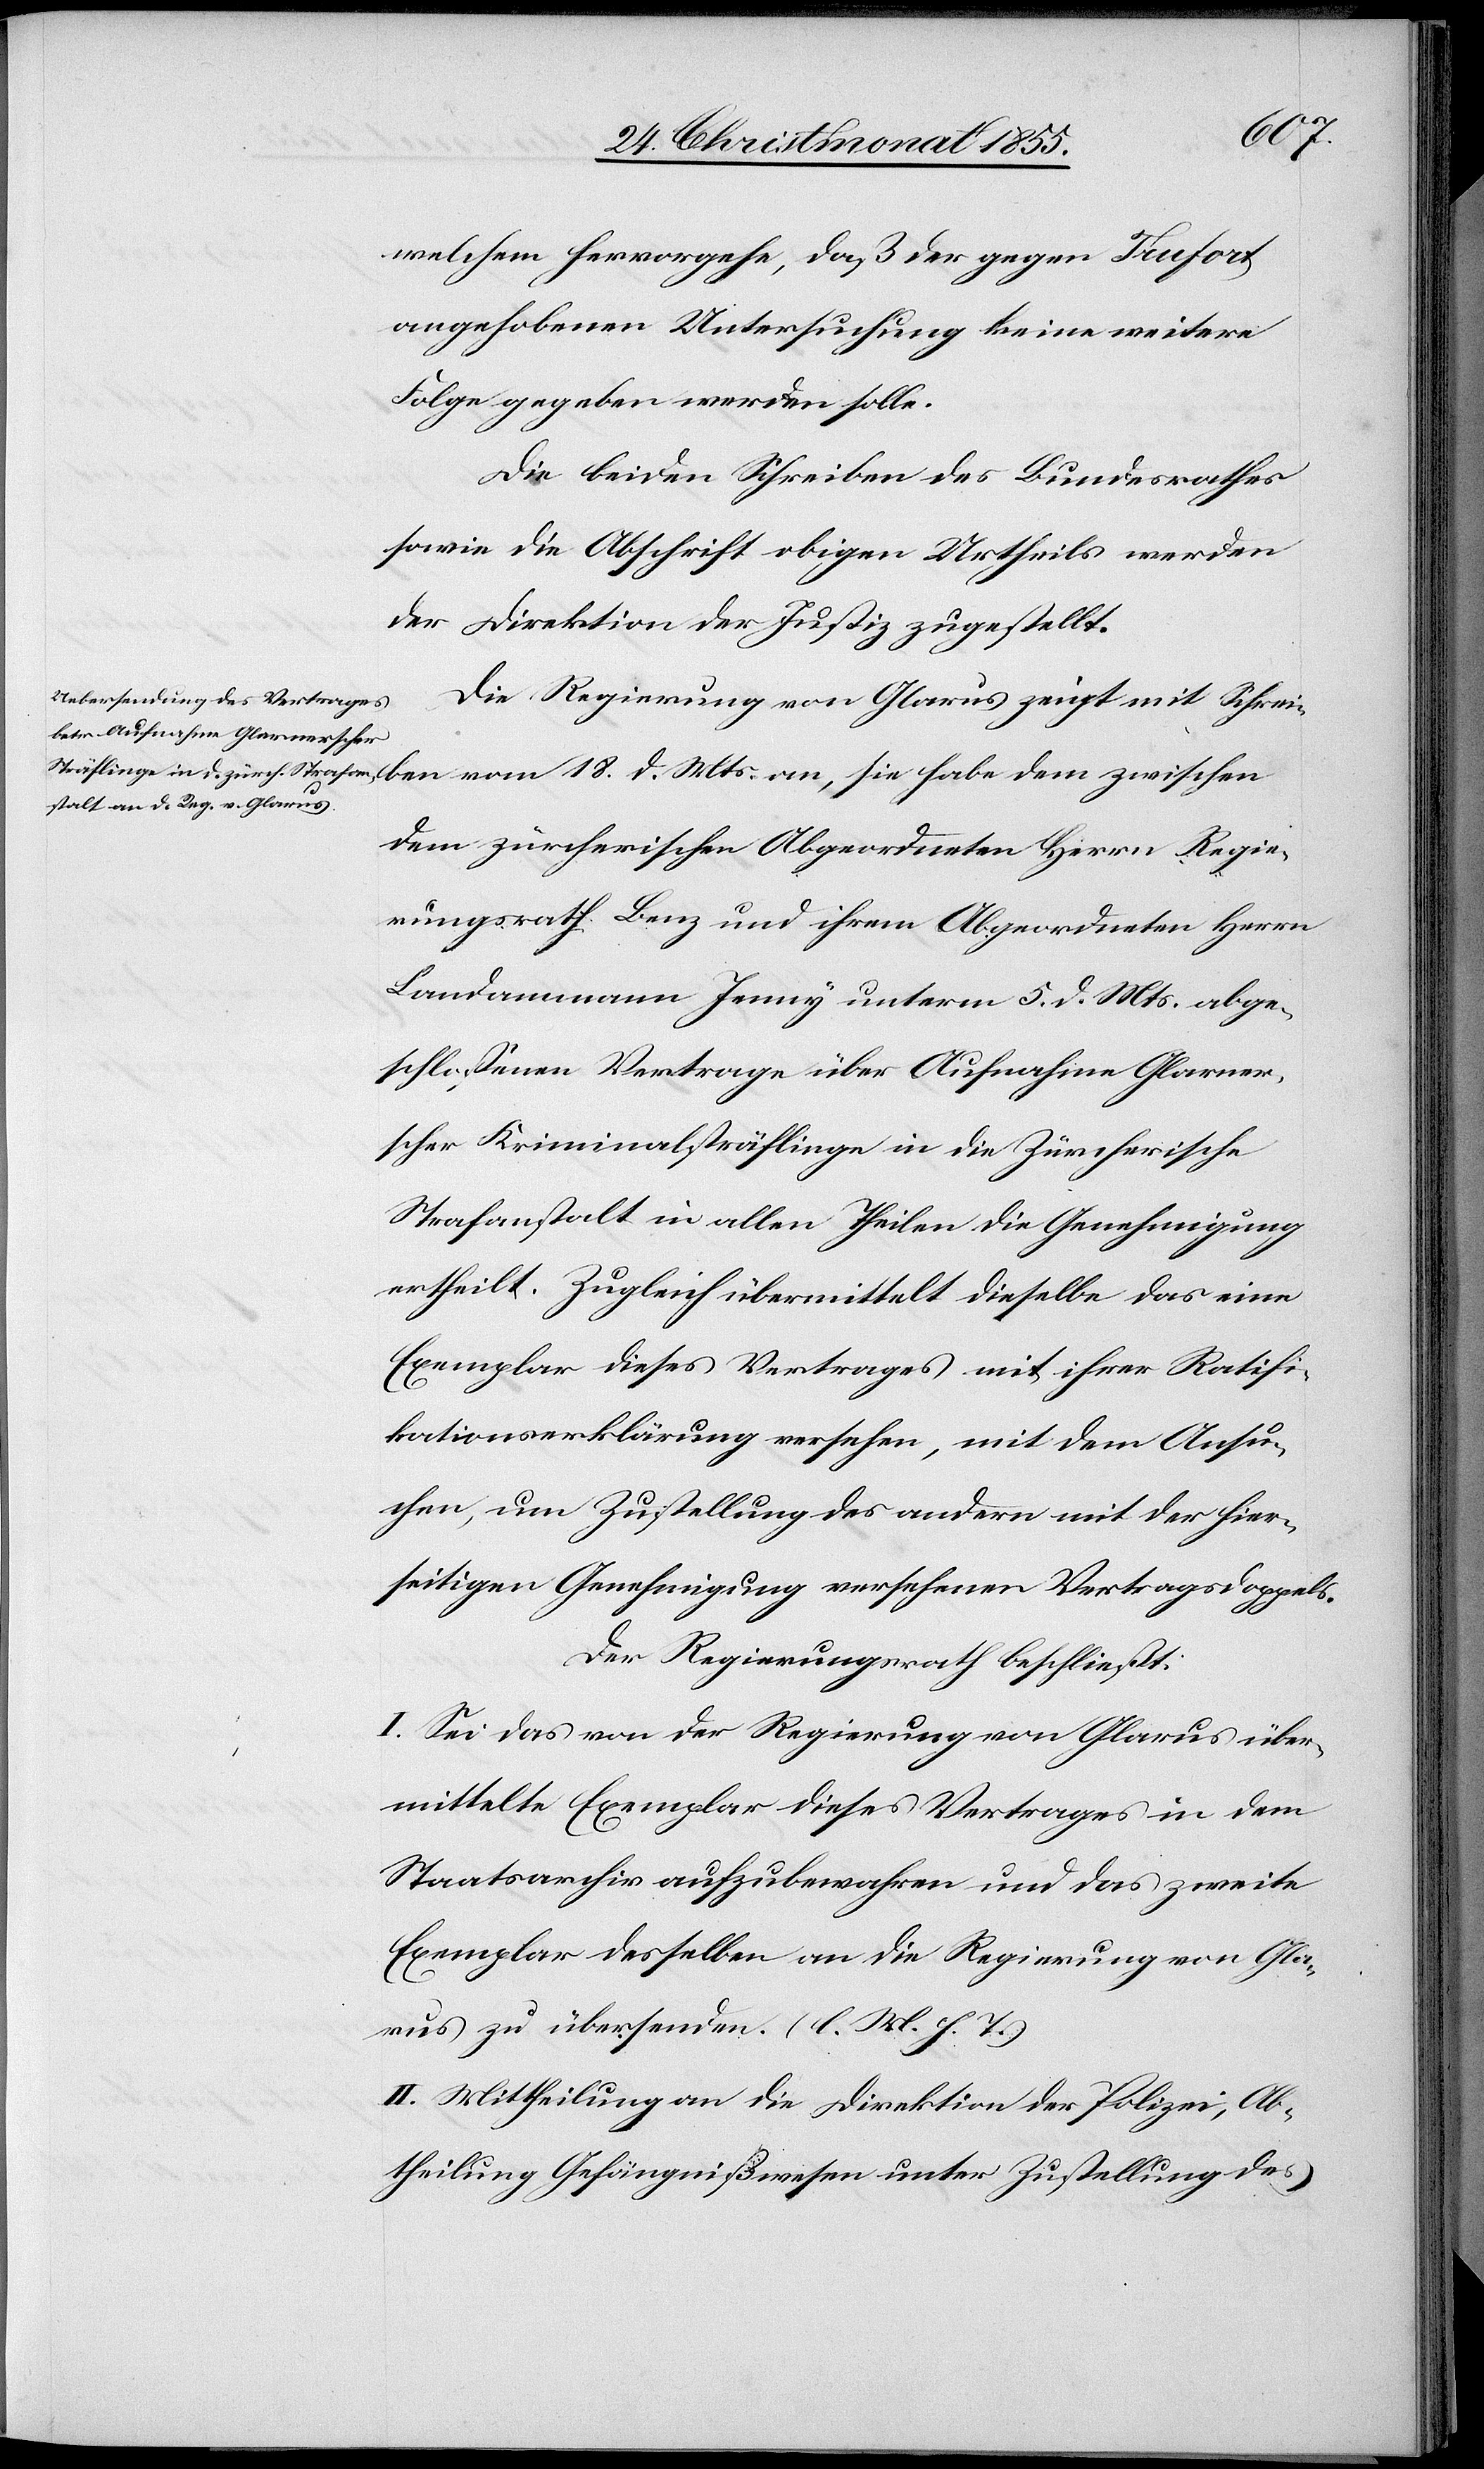
18. d.
welchem hervorgehe, daß der gegen Trufort
angehobenen Untersuchung keine weitere
Folge gegeben werden solle.
Die beiden Schreiben des Bundesrathes
sowie die Abschrift obigen Urtheils werden
der Direktion der Justiz zugestellt.
Die Regierung von Glarus zeigt mit Schreiben
dem zürcherischen Abgeordneten Herrn Regie¬
rungsrath Benz und ihrem Abgeordneten Herrn
Landammann Jenny unterm 5. d. Mts. abge¬
schlossenen Vertrage über Aufnahme Glarner¬
scher Kriminalsträflinge in die Zürcherische
Strafanstalt in allen Theilen die Genehmigung
ertheilt. Zugleich übermittelt dieselbe das eine
Exemplar dieses Vertrages mit ihrer Ratifi¬
kationserklärung versehen, mit dem Ansu¬
chen, um Zustellung des andern mit der hier¬
seitigen Genehmigung versehenen Vertragsdoppels.
Der Regierungsrath beschließt:
I. Sei das von der Regierung von Glarus über¬
mittelte Exemplar dieses Vertrages in dem
Staatsarchiv aufzubewahren und das zweite
Exemplar desselben an die Regierung von Gla¬
rus zu übersenden. (l. M. h. T.)
II. Mittheilung an die Direktion der Polizei, Ab¬
theilung Gefängnißwesen unter Zustellung des